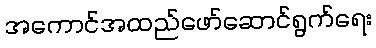
အကောင်အထည်ဖော်ဆောင်ရွက်ရေး